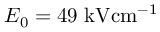
E _ { 0 } = 4 9 \ensuremath { ~ \mathrm { k V } \mathrm { c m } ^ { - 1 } }